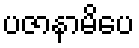
ပဇာနာမိပေ